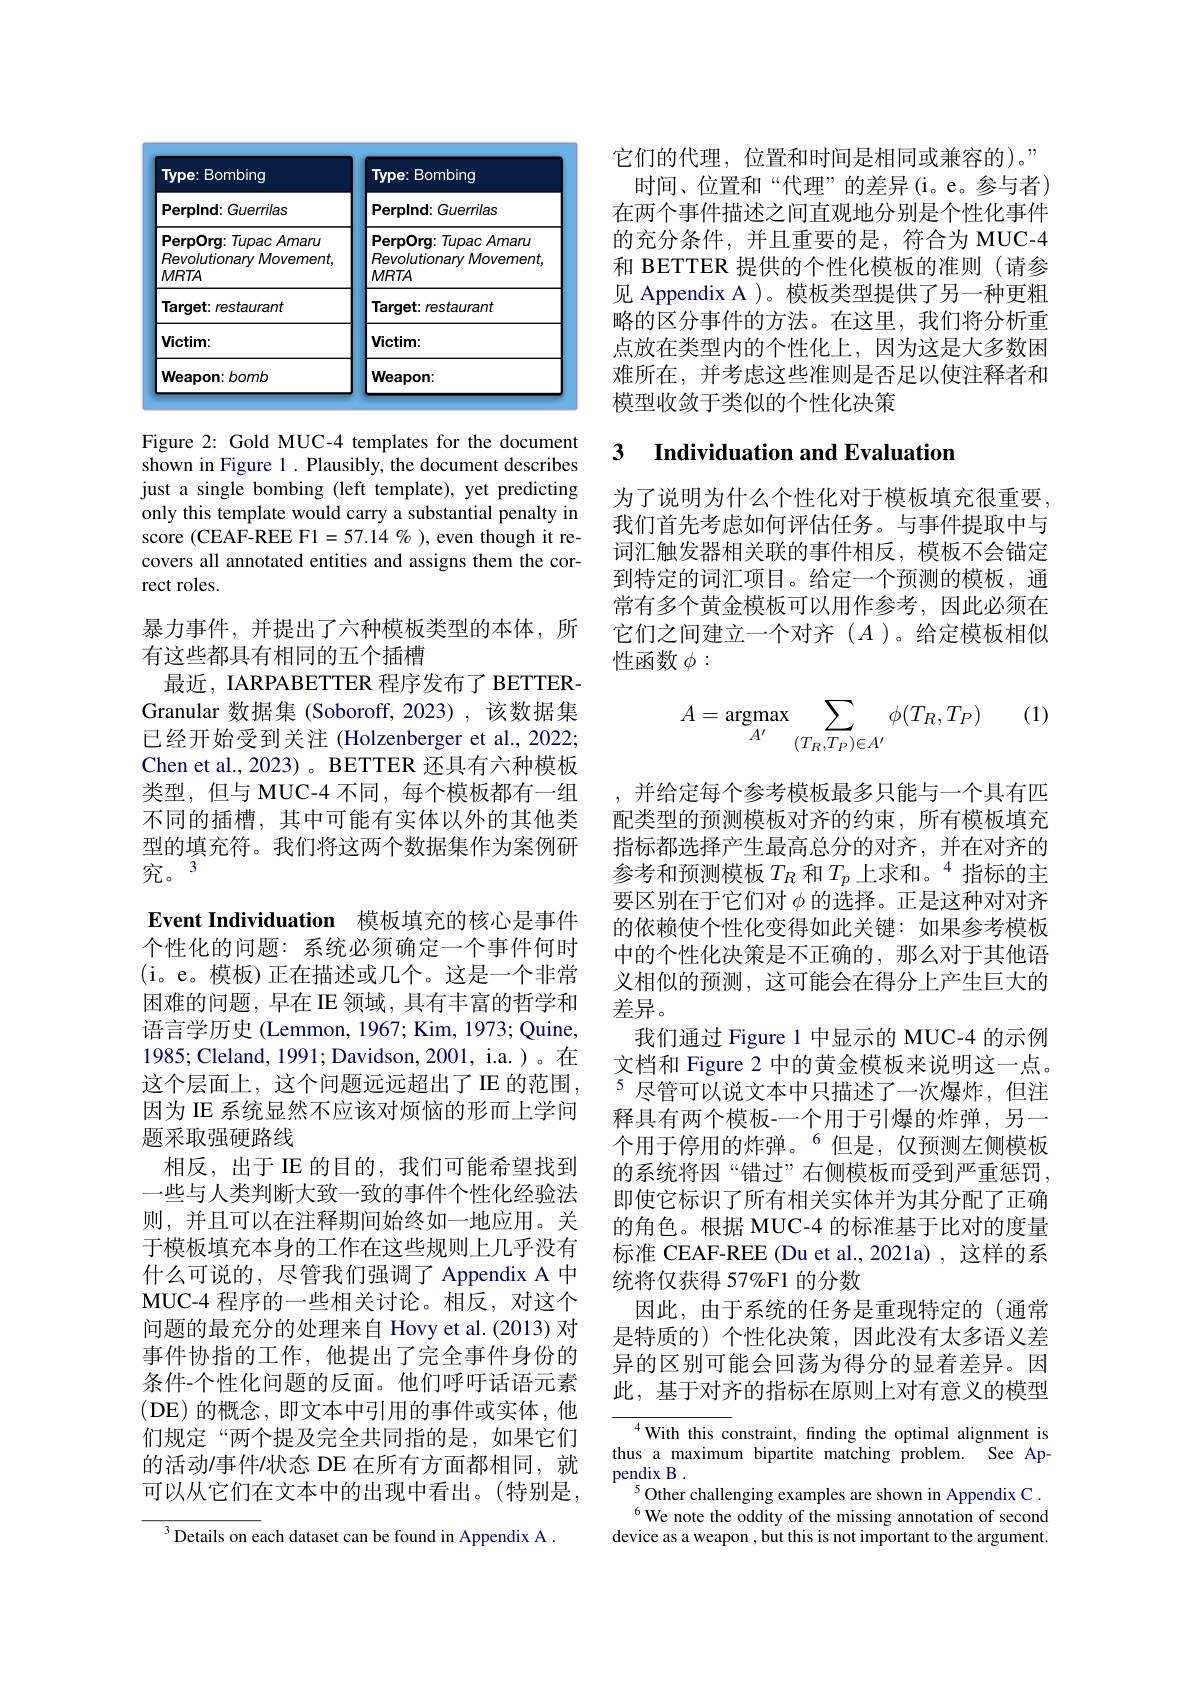
<table>
	<tbody>
		<tr>
			<th>Type: Bombing</th>
			<th>Type: Bombing</th>
		</tr>
		<tr>
			<td>Perplnd: Guerrilas</td>
			<td>Perplnd: Guerrilas</td>
		</tr>
		<tr>
			<td>PerpOrg: Tupac Amaru Revolutionary Movement, MRTA</td>
			<td>PerpOrg: T Tupac Amaru Revolutionary Movement MRTA</td>
		</tr>
		<tr>
			<td>Target: restaurant</td>
			<td>Target: restaurant</td>
		</tr>
		<tr>
			<td>Victim:</td>
			<td>Victim:</td>
		</tr>
		<tr>
			<td>Weapon: bomb</td>
			<td>Weapon:</td>
		</tr>
	</tbody>
</table>

Figure 2: Gold MUC-4 templates for the document shown in Figure 1 . Plausibly, the document describes just a single bombing (left template), yet predicting only this template would carry a substantial penalty in score (CEAF-REE F1=57.14%),even though it recovers all annotated entities and assigns them the correct roles.

暴力事件，并提出了六种模板类型的本体，所
有这些都具有相同的五个插槽
最近，IARPABETTER 程序发布了 BETTERGranular 数据集 (Soboroff, 2023) , 该数据集已经开始受到关注 (Holzenberger et al., 2022; Chen et al., 2023)。BETTER 还具有六种模板类型，但与 MUC-4 不同，每个模板都有一组不同的插槽，其中可能有实体以外的其他类型的填充符。我们将这两个数据集作为案例研究。3
Event Individuation 模板填充的核心是事件个性化的问题：系统必须确定一个事件何时(i。e。模板)正在描述或几个。这是一个非常困难的问题，早在 IE 领域，具有丰富的哲学和语言学历史 (Lemmon, 1967; Kim, 1973; Quine, 1985; Cleland, 1991; Davidson, 2001, i.a. )。在这个层面上，这个问题远远超出了IE 的范围， 因为 IE 系统显然不应该对烦恼的形而上学问题采取强硬路线
相反，出于 IE 的目的，我们可能希望找到一些与人类判断大致一致的事件个性化经验法则，并且可以在注释期间始终如一地应用。关于模板填充本身的工作在这些规则上几乎没有什么可说的，尽管我们强调了 Appendix A 中MUC-4 程序的一些相关讨论。相反，对这个问题的最充分的处理来自 Hovy et al.(2013) 对事件协指的工作，他提出了完全事件身份的条件-个性化问题的反面。他们呼吁话语元素(DE)的概念，即文本中引用的事件或实体，他们规定“两个提及完全共同指的是，如果它们的活动/事件$\prime$状态 DE 在所有方面都相同，就可以从它们在文本中的出现中看出。(特别是， $^{3}$Details on each dataset can be found in Appendix A .

它们的代理，位置和时间是相同或兼容的)。” 时间、位置和“代理”的差异(i。e。参与者) 在两个事件描述之间直观地分别是个性化事件的充分条件，并且重要的是，符合为 MUC-4和 BETTER 提供的个性化模板的准则 (请参见 Appendix A )。模板类型提供了另一种更粗略的区分事件的方法。在这里，我们将分析重点放在类型内的个性化上，因为这是大多数困难所在，并考虑这些准则是否足以使注释者和模型收敛于类似的个性化决策

## 3 $\textbf{Individuation and Evaluation}$

为了说明为什么个性化对于模板填充很重要， 我们首先考虑如何评估任务。与事件提取中与词汇触发器相关联的事件相反，模板不会锚定到特定的词汇项目。给定一个预测的模板，通常有多个黄金模板可以用作参考，因此必须在它们之间建立一个对齐(A)。给定模板相似性函数$\phi:$

(1)
$$A=\operatorname{argmax}_{A'}\sum_{(T_R,T_P)\in A'}\phi(T_R,T_P)$$
并给定每个参考模板最多只能与一个具有四配类型的预测模板对齐的约束，所有模板填充指标都选择产生最高总分的对齐，并在对齐的参考和预测模板$T_R$ 和$T_p\text{ 上求和。}^{4}$指标的主要区别在于它们对$\phi$的选择。正是这种对对齐的依赖使个性化变得如此关键：如果参考模板中的个性化决策是不正确的，那么对于其他语义相似的预测，这可能会在得分上产生巨大的差异。
我们通过 Figure 1 中显示的 MUC-4 的示例文档和 Figure 2 中的黄金模板来说明这一点。$^{5}$尽管可以说文本中只描述了一次爆炸，但注释具有两个模板-一个用于引爆的炸弹，另一个用于停用的炸弹。$^{6}$但是，仅预测左侧模板的系统将因“错过”右侧模板而受到严重惩罚， 即使它标识了所有相关实体并为其分配了正确的角色。根据 MUC-4 的标准基于比对的度量标准 CEAF-REE (Du et al.,2021a) ,这样的系统将仅获得 57%F1 的分数
因此，由于系统的任务是重现特定的(通常是特质的) 个性化决策，因此没有太多语义差异的区别可能会回荡为得分的显着差异。因此，基于对齐的指标在原则上对有意义的模型

${\overline{{^4}\text{With this c}}}$onstraint, finding the optimal alignment is thus a maximum bipartite matching problem. See Appendix B .
$^{5}$Other challenging examples are shown in Appendix C . $^{6}$We note the oddity of the missing annotation of second
device as a weapon , but this is not important to the argument.